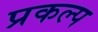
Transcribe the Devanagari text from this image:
प्रकल्‍प